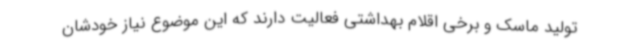
تولید ماسک و برخی اقلام بهداشتی فعالیت دارند که این موضوع نیاز خودشان